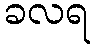
ခလရ